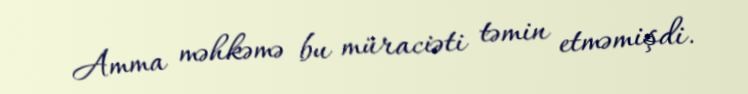
Amma məhkəmə bu müraciəti təmin etməmişdi.